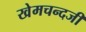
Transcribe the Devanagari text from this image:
खेमचन्दजी